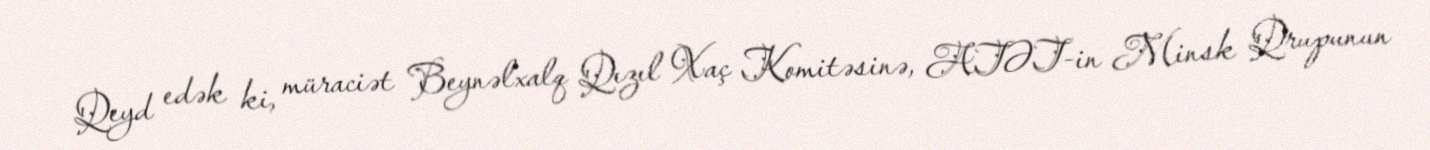
Qeyd edək ki, müraciət Beynəlxalq Qızıl Xaç Komitəsinə, ATƏT-in Minsk Qrupunun